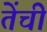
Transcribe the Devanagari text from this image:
तेंची